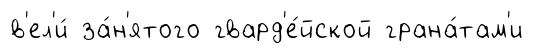
в'ел'и́ за́н'ятого гвард'е́йской грана́там'и